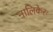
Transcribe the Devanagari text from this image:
नालिकेरः